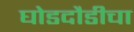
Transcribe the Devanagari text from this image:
घोडदौडीचा